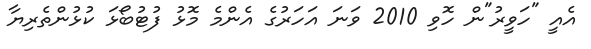
އެއީ "ހަވީރު"ން ހޮވި 2010 ވަނަ އަހަރުގެ އެންމެ މޮޅު ފުޓުބޯޅަ ކުޅުންތެރިޔާ